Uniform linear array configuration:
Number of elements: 24
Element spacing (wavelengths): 1
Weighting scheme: kaiser
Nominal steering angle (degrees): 60
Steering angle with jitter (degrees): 61.075
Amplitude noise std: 0.05
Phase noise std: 0.05

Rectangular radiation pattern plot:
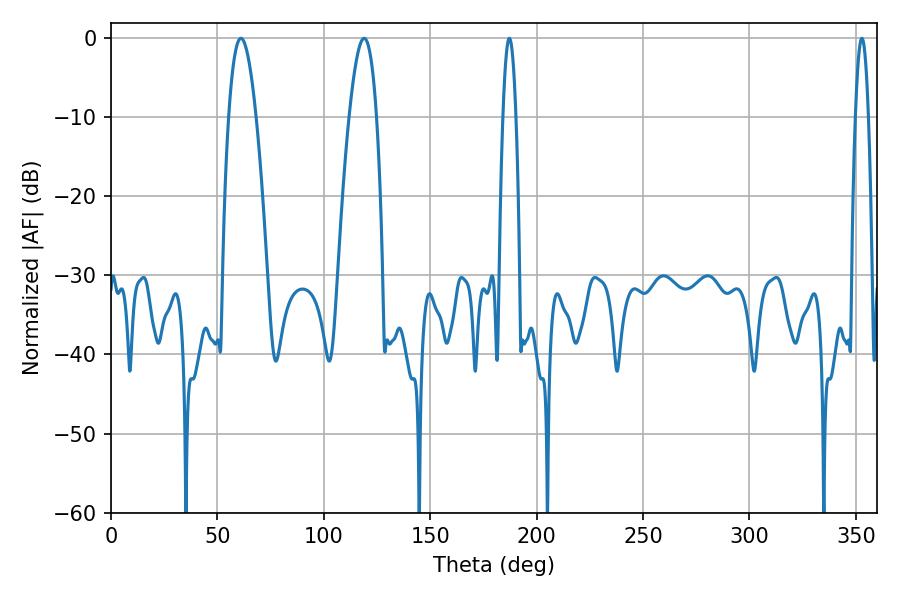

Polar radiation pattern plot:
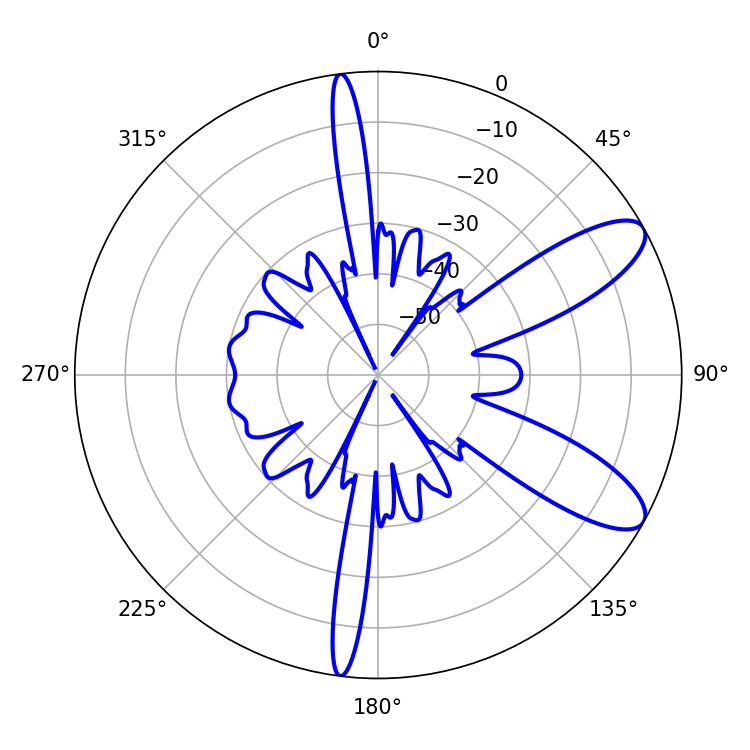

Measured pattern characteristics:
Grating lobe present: TRUE
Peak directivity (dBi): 9.651
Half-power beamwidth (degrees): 7.02
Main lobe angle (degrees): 61.02